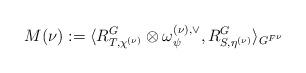
LaTeX: \begin{align*} M(\nu): = \langle R^G_{T, \chi^{(\nu)}} \otimes\omega_\psi^{(\nu), \vee}, R^G_{S, \eta^{(\nu)}}\rangle_{G^{F^\nu}}\end{align*}